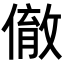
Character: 𬿮